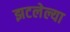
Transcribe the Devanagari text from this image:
झटलेल्या